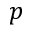
p